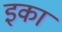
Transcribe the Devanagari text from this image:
इका